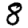
Digit: 8